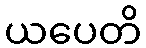
ယပေတိ